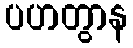
ပဟတွာန